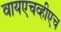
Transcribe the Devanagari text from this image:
वायएचव्हीएच